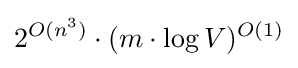
2^{O(n^{3})}\cdot (m\cdot \log V)^{O(1)}